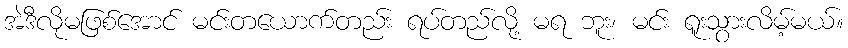
အဲဒီလိုမဖြစ်အောင် မင်းတယောက်တည်း ရပ်တည်လို့ မရ ဘူး၊ မင်း ရူးသွားလိမ့်မယ်။